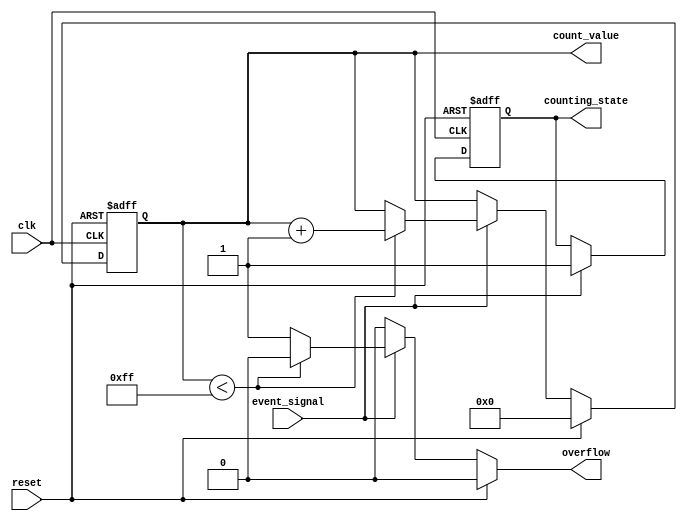
module EventTriggeredCounter #(
    parameter MAX_COUNT = 255,  // Maximum count value
    parameter ADDR_WIDTH = 8     // Memory address width
)(
    input wire clk,              // Clock signal
    input wire reset,            // Asynchronous reset signal
    input wire event_signal,     // Event detection signal
    output reg [ADDR_WIDTH-1:0] count_value, // Current count value
    output reg overflow,         // Overflow status indicator
    output reg counting_state     // Counting state indicator
);

    // Internal signals
    reg [ADDR_WIDTH-1:0] next_count;

    // Asynchronous reset
    always @(*) begin
        if (reset) begin
            next_count = 0; // Reset count value
            overflow = 0;   // Clear overflow status
        end else if (event_signal) begin
            if (count_value < MAX_COUNT) begin
                next_count = count_value + 1; // Increment count
                overflow = 0;                  // No overflow
            end else begin
                next_count = count_value;      // Max count reached
                overflow = 1;                  // Set overflow
            end
        end else begin
            next_count = count_value; // Maintain current count
            overflow = 0;              // No overflow if no event
        end
    end

    // Synchronous counting logic
    always @(posedge clk or posedge reset) begin
        if (reset) begin
            count_value <= 0;        // Clear count value
            counting_state <= 0;     // Reset counting state
        end else begin
            count_value <= next_count; // Update count value
            counting_state <= (event_signal) ? 1 : counting_state; // Update counting state
        end
    end

endmodule